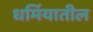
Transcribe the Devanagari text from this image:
धर्मियातील